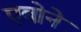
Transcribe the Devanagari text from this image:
एबोने